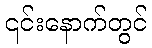
၎င်းနောက်တွင်